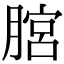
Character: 𦞨